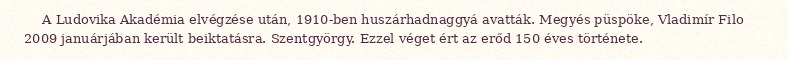
A Ludovika Akadémia elvégzése után, 1910-ben huszárhadnaggyá avatták. Megyés püspöke, Vladimír Filo 2009 januárjában került beiktatásra. Szentgyörgy. Ezzel véget ért az erőd 150 éves története.